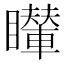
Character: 𥌦